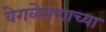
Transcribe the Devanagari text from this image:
वेगळेपणाच्या